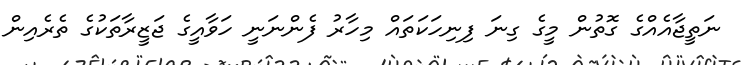
ނަތީޖާއެއްގެ ގޮތުން މީގެ ގިނަ ފިނިހަކަތައް މިހާރު ފެންނަނީ ހަވާއީގެ ޖަޒީރާތަކުގެ ތެރެއިން